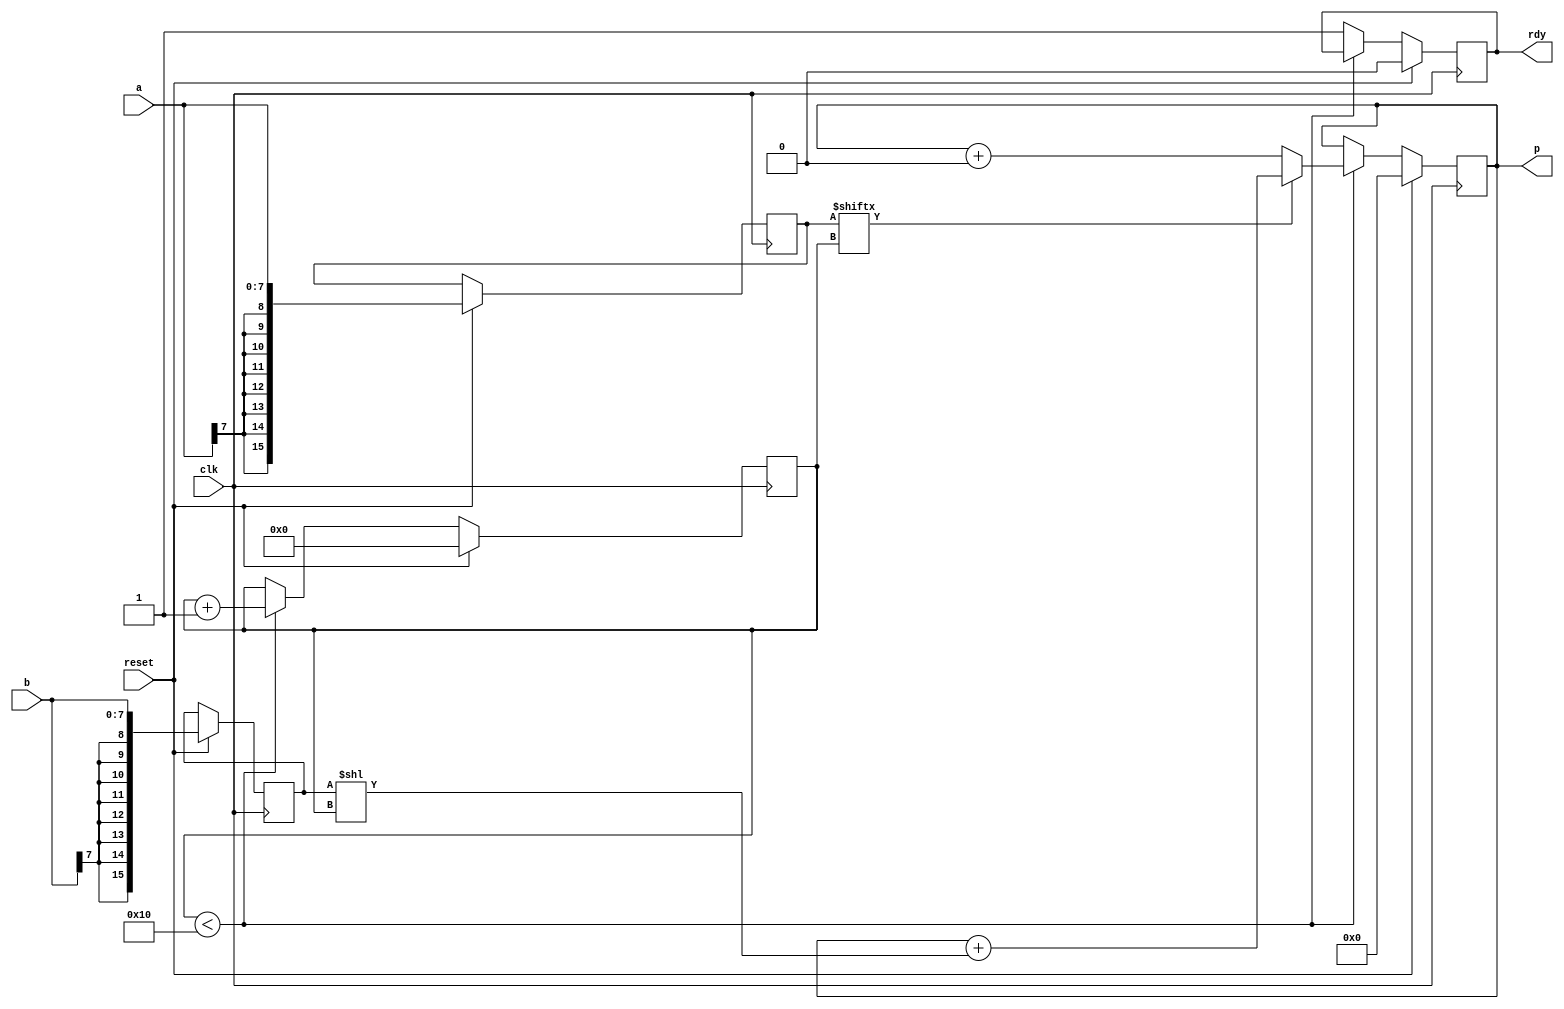
//                              -*- Mode: Verilog -*-
// Description     : Sequential multiplier


// This style of modeling is 'behavioural', where the desired
// behaviour is described in terms of high level statements ('if'
// statements in verilog).  This is where the real power of the
// language is seen, since such modeling is closest to the way we
// think about the operation.  However, it is also the most difficult
// to translate into hardware, so a good understanding of the
// connection between the program and hardware is important.

`define width 8
`define ctrwidth 4

module seq_mult (
		 // Outputs
		 p, rdy, 
		 // Inputs
		 clk, reset, a, b
		 ) ;
   input 		 clk, reset;
   input [`width-1:0] 	 a, b;
   // *** Output declaration for 'p'
   output [2*`width - 1 :0] p;
   output 		 rdy;
   
   // *** Register declarations for p, multiplier, multiplicand
    reg [2*`width -1 :0] multiplier;
    reg [2*`width -1 :0] multiplicand;
    reg [2*`width -1 : 0] p;
    reg 			 rdy;
    reg [`ctrwidth:0] 	 ctr;

    always @(posedge clk)  // Changed it to synchronous reset due to synthesis issues
     if (reset) begin
        rdy <= 0;
        p   <= 0;
        ctr <= 0;
    
        multiplier <= {{`width{a[`width-1]}}, a}; // sign-extend into 2*`width sized 
        multiplicand <= {{`width{b[`width-1]}}, b}; // sign-extend into 2*`width sized 
     end 
    
     else begin 
         if (ctr < 2*`width)// Loop should run 2*`width times, which is the number of bits in the multiplier
            begin
            //Code for multiplication
             if (multiplier[ctr] == 0)  // The current bit essentially acts as the select line for the MUX
                begin
                  p <= p+0;  // If the bit is zero, MUX gives out zero which is fed into the adder
                end
             else
                begin
                  p <= p + (multiplicand << ctr); // If the current bit is 1, MUX feeds in the shifted multiplicand into the adder
                end
             ctr <= ctr+1;  // Updating the counter after an iteration 
            end 
         
         else begin
              rdy <= 1; 		// Assert 'rdy' signal to indicate end of multiplication
         end
     end
   
endmodule // seqmult